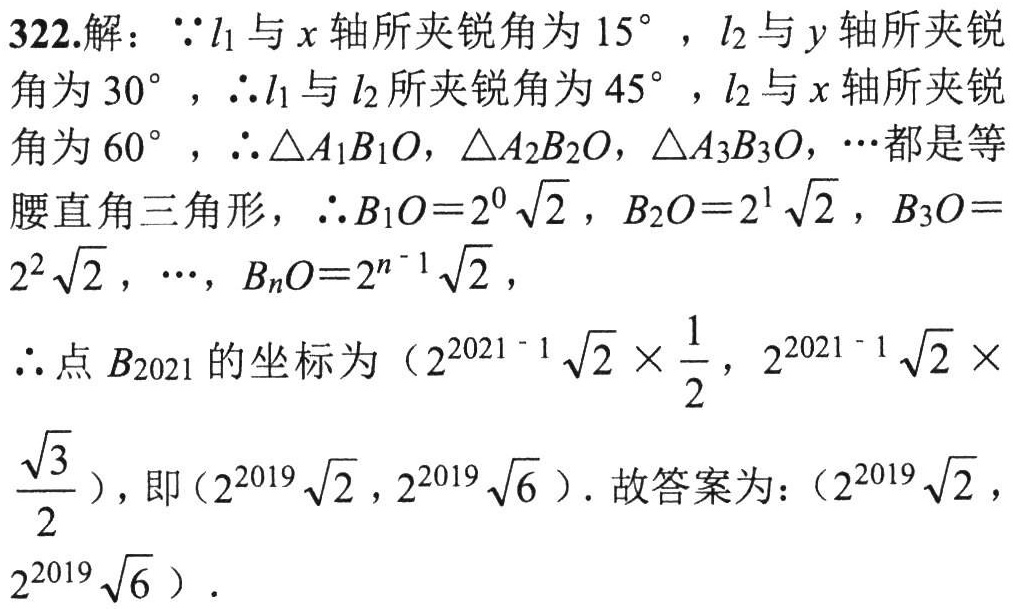
322.解：\(\because l_{1}\)与\(x\)轴所夹锐角为\(15^{\circ}\)，\(l_{2}\)与\(y\)轴所夹锐

角为\(30^{\circ}\)，\(\therefore l_{1}\)与\(l_{2}\)所夹锐角为\(45^{\circ}\)，\(l_{2}\)与\(x\)轴所夹锐

角为\(60^{\circ}\)，\(\therefore\triangle A_{1}B_{1}O,\triangle A_{2}B_{2}O,\triangle A_{3}B_{3}O,\cdots\)都是等

腰直角三角形，\(\therefore B_{1}O = 2^{0}\sqrt{2}\)，\(B_{2}O = 2^{1}\sqrt{2}\)，\(B_{3}O =

2^{2}\sqrt{2}\)，\(\cdots\)，\(B_{n}O = 2^{n - 1}\sqrt{2}\)，

\(\therefore\)点\(B_{2021}\)的坐标为\((2^{2021 - 1}\sqrt{2}\times\frac{1}{2},2^{2021 - 1}\sqrt{2}\times\)

\(\frac{\sqrt{3}}{2})\)，即\((2^{2019}\sqrt{2},2^{2019}\sqrt{6})\). 故答案为：\((2^{2019}\sqrt{2},\)

\(2^{2019}\sqrt{6})\).